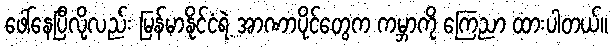
ဖေါ်နေပြီလို့လည်း မြန်မာနိုင်ငံရဲ့ အာဏာပိုင်တွေက ကမ္ဘာကို ကြေညာ ထားပါတယ်။